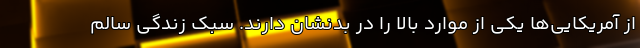
از آمریکایی‌ها یکی از موارد بالا را در بدنشان دارند. سبک زندگی سالم